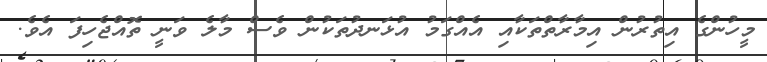
މީހުންގެ އިތުރުން އިމާރާތްތަކާއި އެއްގަމު އުޅަނދުތަކުން ވެސް މާލެ ވަނީ ތޮއްޖެހިފަ އެވެ.